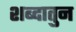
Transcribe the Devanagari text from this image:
शब्दातुन